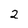
Character: 2